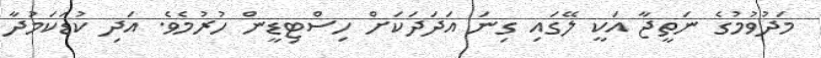
މަދުވުމުގެ ނަތީޖާ އަކީ ލޭގައި ގިނަ އަދަދަކަށް ހިސްޓިޑީން ހުރުމެވެ. އަދި ކުޑަކަމުދާ